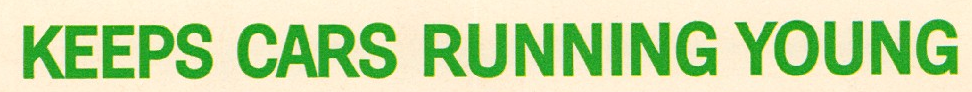
KEEPS CARS RUNNING YOUNG